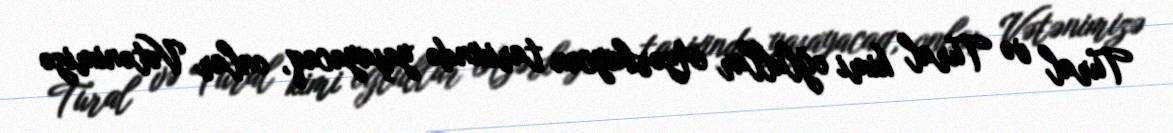
Tural və Tural kimi oğlullar Azərbaycan tarixində yaşayacaq, onlar Vətənimizə